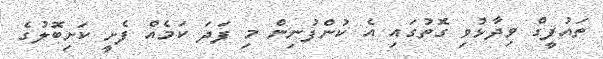
ތައުފީގް ވިދާޅުވި ގޮތުގައި އެ ކުންފުނިން މި ފަދަ ކަމެއް ފެށީ ކަށިބޮލުގެ